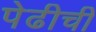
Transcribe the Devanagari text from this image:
पेढीची